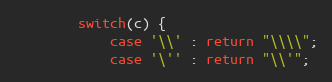
Language: Java
		switch(c) {
			case '\\' : return "\\\\";
			case '\'' : return "\\'";